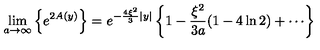
\lim _ { a \rightarrow \infty } \left\{ e ^ { 2 A ( y ) } \right\} = e ^ { - \frac { 4 \xi ^ { 2 } } { 3 } | y | } \left\{ 1 - \frac { \xi ^ { 2 } } { 3 a } ( 1 - 4 \ln 2 ) + \cdots \right\}